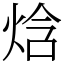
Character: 焓